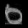
Digit: ၀